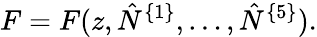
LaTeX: F=F(z,\hat{N}^{\{ 1\} },\ldots,\hat{N}^{\{ 5\} }).